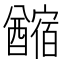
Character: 𨣡